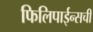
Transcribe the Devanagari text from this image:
फिलिपाईन्सची